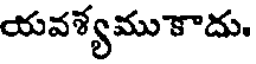
యవశ్యము కాదు.